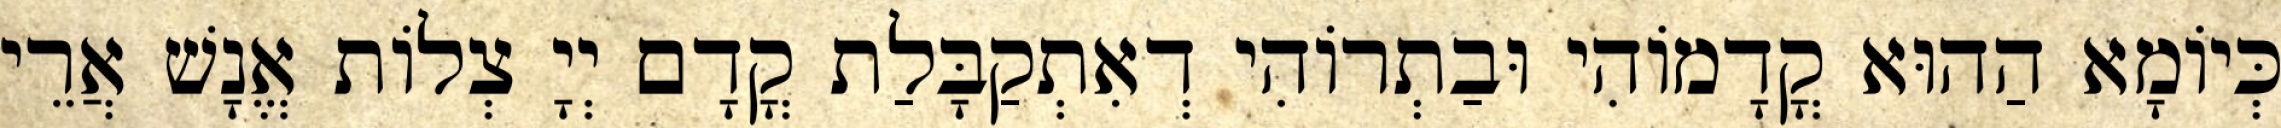
כְּיוֹמָא הַהוּא קֳדָמוֹהִי וּבַתְרוֹהִי דְאִתְקַבָּלַת קֳדָם יְיָ צְלוֹת אֱנָשׁ אֲרֵי